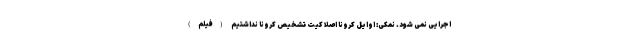
اجرایی نمی شود. نمکی: اوایل کرونا اصلا کیت تشخیص کرونا نداشتیم (فیلم)